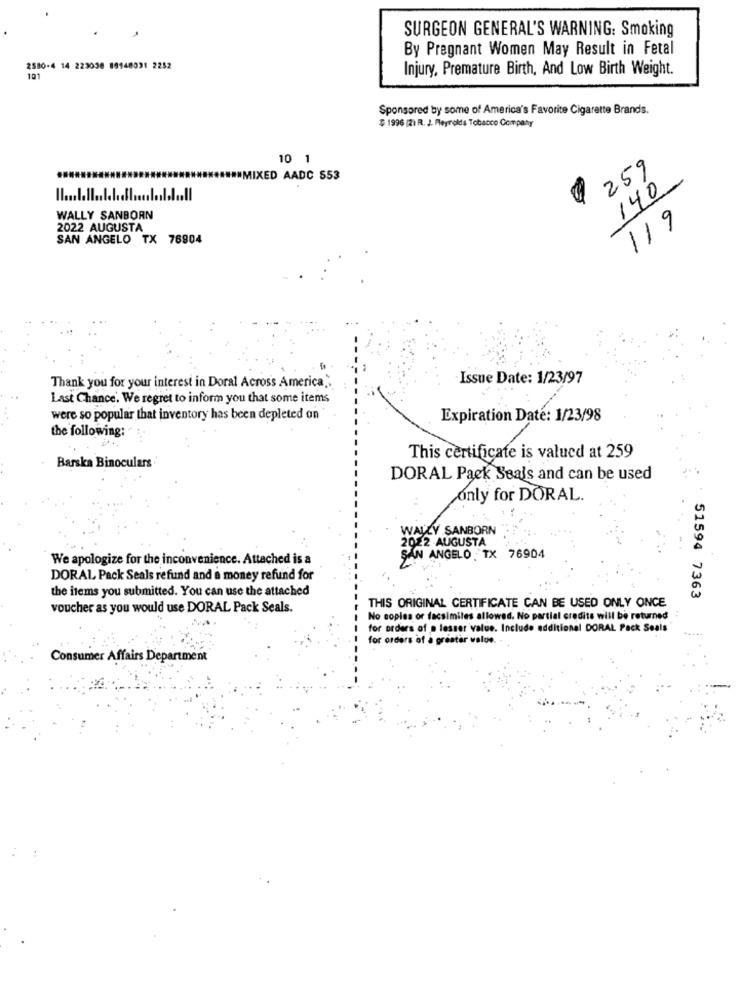
SURGEON GENERAL'S WARNING: Smoking
By Pregnant Women May Result in Fetal
2580-4 14 223036 89140031 2252
Injury, Premature Birth, And Low Birth Weight.
101
Sponsored by some of America's Favorite Cigarette Brands.
$ 1996 (2) R. J. Reynolds Tobacco Company
10 1
259
IXED AADC $53
140
WALLY SANBORN
119
2022 AUGUSTA
SAN ANGELO TX 76904
Issue Date: 1/23/97
Thank you for your interest in Doral Across America."
Last Chance. We regret to inform you that some items
were so popular that inventory has been depleted on
Expiration Date: 1/23/98
the following:
Barska Binoculars
This certificate is valued at 259
DORAL Paek Seals and can be used
only for DORAL.
WALLY SANBORN
2022 AUGUSTA
We apologize for the inconvenience. Attached is a
SAN ANGELO TX 76904
DORAL Pack Seals refund and a money refund for
the items you submitted. You can use the attached
51594 7363
voucher as you would use DORAL Pack Seals.
THIS ORIGINAL CERTIFICATE CAN BE USED ONLY ONCE
No copies or facsimiles allowed. No partial credits will be returned
for orders of a lesser value. Include additional DORAL Pack Seals
for orders of a greater value. -
Consumer Affairs Department